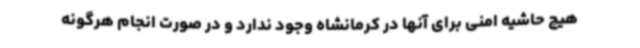
هیچ حاشیه امنی برای آنها در کرمانشاه وجود ندارد و در صورت انجام هرگونه